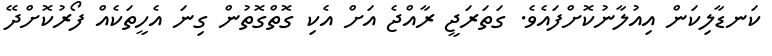
ކަނޑާލިކަން އިއުލާނުކޮށްފައެވެ. ގަތަރަޖީ ރާއްޖެ އަށް އެކި ގޮތްގޮތުން ގިނަ އެހީތަކެއް ފޯރުކޮށްދޭ